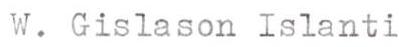
W. Gislason Islanti